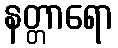
နတ္တာရော